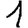
Digit: 1